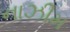
નાઝીમ